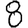
Digit: 8